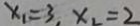
x _ { 1 } = 3 , x _ { 2 } = 2